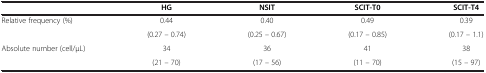
<table><thead><tr><td><b> </b></td><td><b>HG</b></td><td><b>NSIT</b></td><td><b>SCIT-T0</b></td><td><b>SCIT-T4</b></td></tr></thead><tbody><tr><td rowspan="2">Relative frequency (%)</td><td>0.44</td><td>0.40</td><td>0.49</td><td>0.39</td></tr><tr><td>(0.27 – 0.74)</td><td>(0.25 – 0.67)</td><td>(0.17 – 0.85)</td><td>(0.17 – 1.1)</td></tr><tr><td rowspan="2">Absolute number (cell/μL)</td><td>34</td><td>36</td><td>41</td><td>38</td></tr><tr><td>(21 – 70)</td><td>(17 – 56)</td><td>(11 – 70)</td><td>(15 – 97)</td></tr></tbody></table>